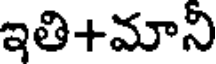
ఇతి+మాని